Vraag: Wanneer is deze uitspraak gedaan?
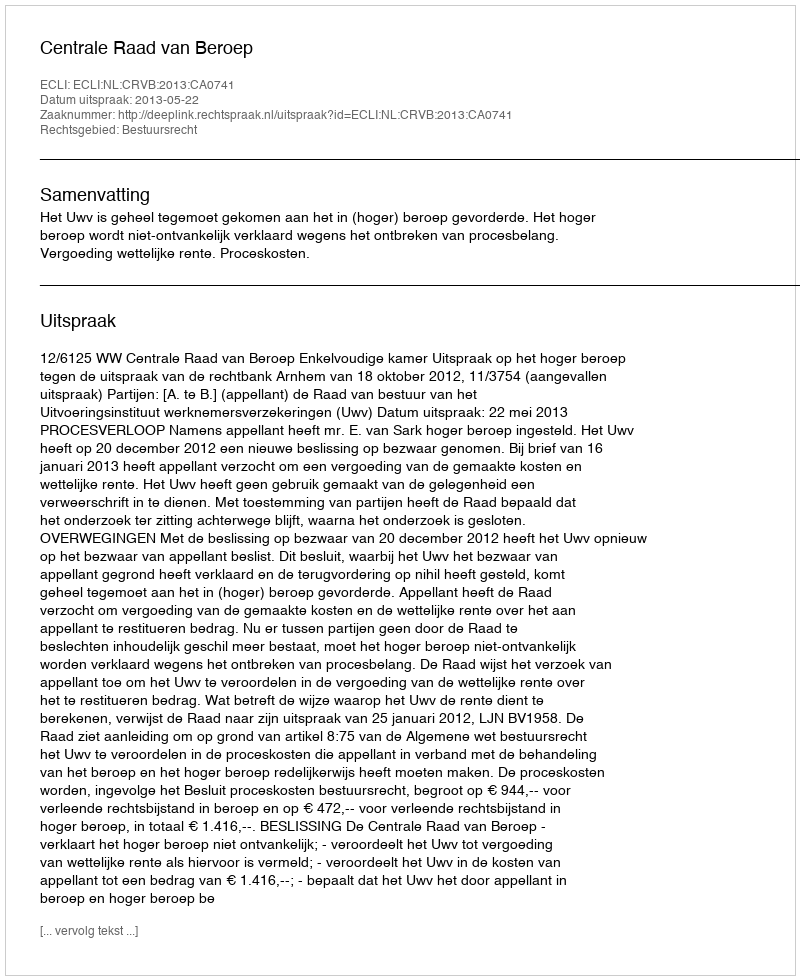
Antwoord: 2013-05-22